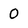
Character: 0